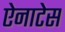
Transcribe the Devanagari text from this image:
ऐनाटेस